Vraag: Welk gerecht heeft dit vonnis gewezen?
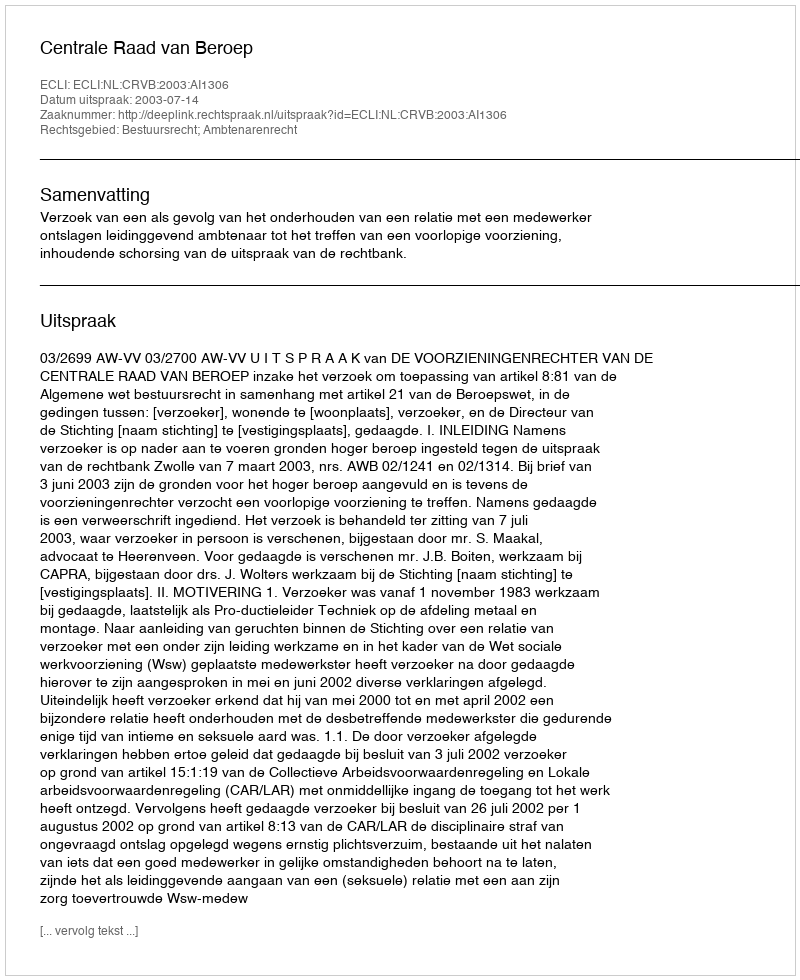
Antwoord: Centrale Raad van Beroep